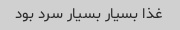
غذا بسیار بسیار سرد بود